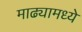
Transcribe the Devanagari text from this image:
माढ्यामध्ये